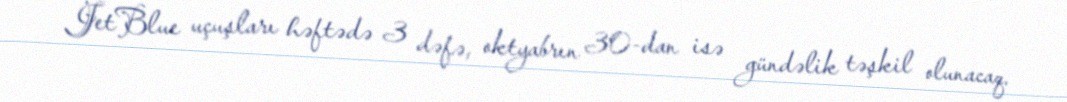
JetBlue uçuşları həftədə 3 dəfə, oktyabrın 30-dan isə gündəlik təşkil olunacaq.